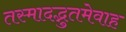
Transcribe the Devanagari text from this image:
तस्मादद्भुतमेवाह